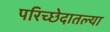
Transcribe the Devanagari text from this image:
परिच्छेदातल्या